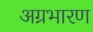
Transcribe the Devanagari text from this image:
अग्रभारण